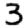
Digit: 3